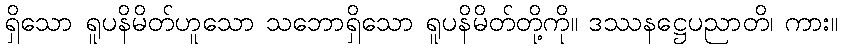
ရှိသော ရူပနိမိတ်ဟူသော သဘောရှိသော ရူပနိမိတ်တို့ကို။ ဒဿနဋ္ဌေပညာတိ၊ ကား။